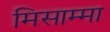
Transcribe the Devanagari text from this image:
मिसाम्मा